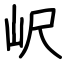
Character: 𡵸